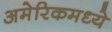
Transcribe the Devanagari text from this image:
अमेरिकमध्ये